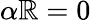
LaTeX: \alpha\mathbb{R}=0